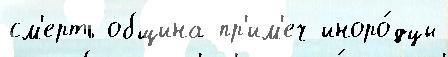
см'ерть община пр'им'еч иноро́дцы